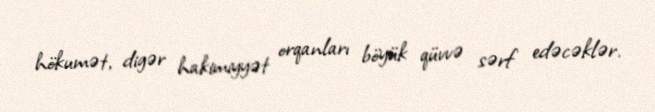
hökumət, digər hakimiyyət orqanları böyük qüvvə sərf edəcəklər.